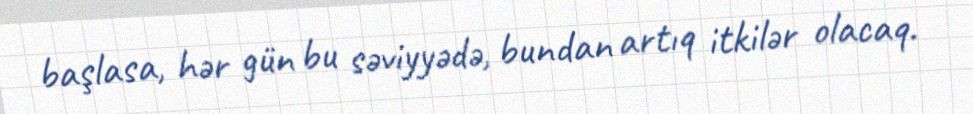
başlasa, hər gün bu səviyyədə, bundan artıq itkilər olacaq.